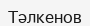
Тәлкенов